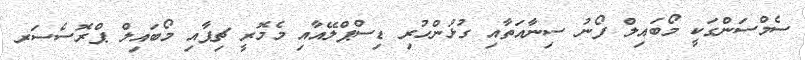
ސެމްސަންގަކީ މޯބައިލް ފޯނު ސިނާއަތާއި ގުޅުންހުރި ޑިސްޕްލޭއާއި މެމޮރީ ޗިޕާއި މޯބައިލް ޕްރޮސެސަރ